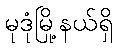
မုဒုံမြို့နယ်ရှိ